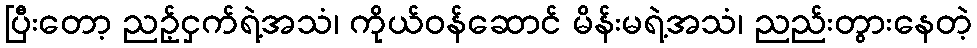
ပြီးတော့ ညဥ့်ငှက်ရဲ့အသံ၊ ကိုယ်ဝန်ဆောင် မိန်းမရဲ့အသံ၊ ညည်းတွားနေတဲ့